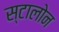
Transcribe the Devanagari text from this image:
स्टालोन